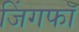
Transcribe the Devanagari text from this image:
जिंगफाॅ